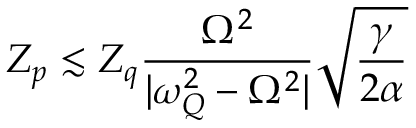
Z _ { p } \lesssim Z _ { q } \frac { \Omega ^ { 2 } } { | \omega _ { Q } ^ { 2 } - \Omega ^ { 2 } | } \sqrt { \frac { \gamma } { 2 \alpha } }